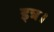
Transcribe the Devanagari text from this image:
इत्र।